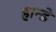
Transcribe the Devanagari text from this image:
हान्डे